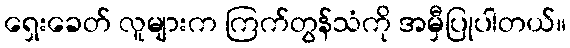
ရှေးခေတ် လူများက ကြက်တွန်သံကို အမှီပြုပါတယ်။